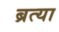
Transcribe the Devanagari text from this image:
ब्रत्या